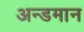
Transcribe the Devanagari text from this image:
अन्डमान